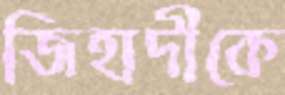
জিহাদীকে